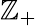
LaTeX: \mathbb{Z}_{+}